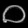
Digit: ၀